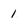
Character: 1